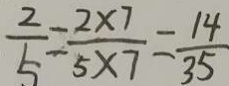
\frac { 2 } { 5 } = \frac { 2 \times 7 } { 5 \times 7 } = \frac { 1 4 } { 3 5 }